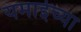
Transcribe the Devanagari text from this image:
यमाईच्या